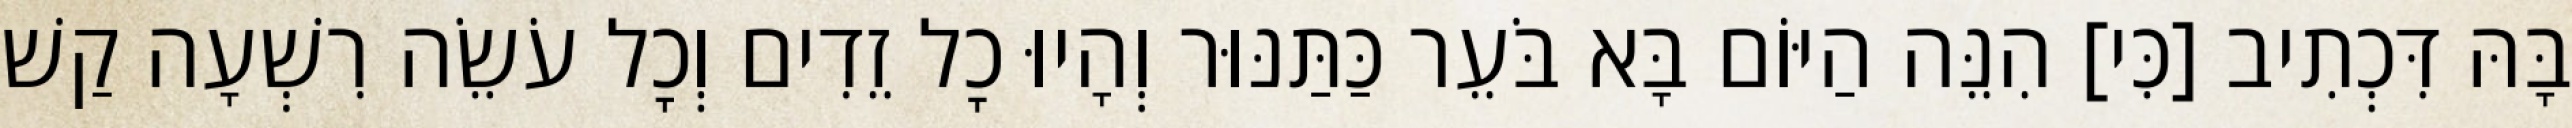
בָּהּ דִּכְתִיב [כִּי] הִנֵּה הַיּוֹם בָּא בֹּעֵר כַּתַּנּוּר וְהָיוּ כׇל זֵדִים וְכׇל עֹשֵׂה רִשְׁעָה קַשׁ